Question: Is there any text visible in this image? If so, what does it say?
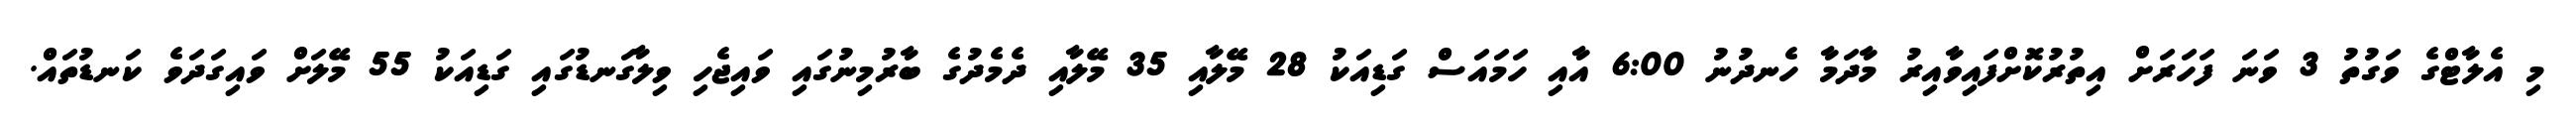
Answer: މި އެލާޓްގެ ވަގުތު 3 ވަނަ ފަހަރަށް އިތުރުކޮށްފައިވާއިރު މާދަމާ ހެނދުނު 6:00 އާއި ހަމައަސް ގަޑިއަކު 28 މޭލާއި 35 މޭލާއި ދެމެދުގެ ބާރުމިނުގައި ވައިޖެހި ވިލާގަނޑުގައި ގަޑިއަކު 55 މޭލަށް ވައިގަދަވެ ކަނޑުތައް.